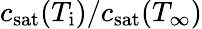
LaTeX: c_{\mathrm{sat}}(T_{\mathrm{i}})/c_{\mathrm{sat}}(T_{\infty})